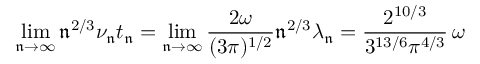
\operatorname* { l i m } _ { \mathfrak { n } \to \infty } \mathfrak { n } ^ { 2 / 3 } \nu _ { \mathfrak { n } } t _ { \mathfrak { n } } = \operatorname* { l i m } _ { \mathfrak { n } \to \infty } \frac { 2 \omega } { ( 3 \pi ) ^ { 1 / 2 } } \mathfrak { n } ^ { 2 / 3 } \lambda _ { \mathfrak { n } } = \frac { 2 ^ { 1 0 / 3 } } { 3 ^ { 1 3 / 6 } \pi ^ { 4 / 3 } } \, \omega